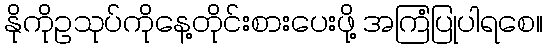
နိုကိုဥသုပ်ကိုနေ့တိုင်းစားပေးဖို့ အကြံပြုပါရစေ။